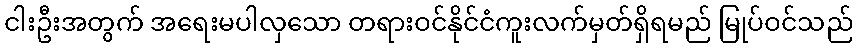
ငါးဦးအတွက် အရေးမပါလှသော တရားဝင်နိုင်ငံကူးလက်မှတ်ရှိရမည် မြုပ်ဝင်သည်